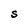
Character: S